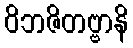
ဝိဘဇိတဗ္ဗာနိ